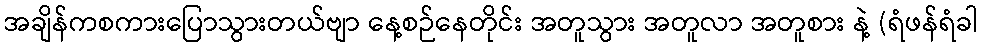
အချိန်ကစကားပြောသွားတယ်ဗျာ နေ့စဉ်နေတိုင်း အတူသွား အတူလာ အတူစား နဲ့ (ရံဖန်ရံခါ